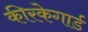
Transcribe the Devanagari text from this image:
कीरकेगार्ड